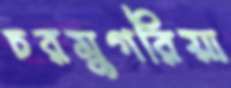
চরমুগরিয়া